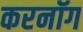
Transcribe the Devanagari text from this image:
करनॉग